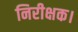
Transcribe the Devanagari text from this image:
निरीक्षक।